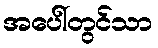
အပေါ်တွင်သာ